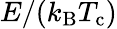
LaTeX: E/(k_{\textrm{B}}T_{\textrm{c}})